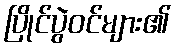
ပြိုင်ပွဲဝင်များ၏